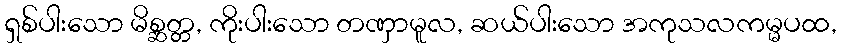
ရှစ်ပါးသော မိစ္ဆတ္တ, ကိုးပါးသော တဏှာမူလ, ဆယ်ပါးသော အကုသလကမ္မပထ,